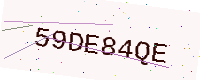
Text: 59DE84QE